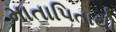
માતાપિતાથી